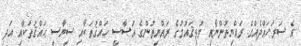
އެ ސަރަހައްދެއްގެ ރައްޔިތުންނާއި މުޅިޤައުމުގެ ރައްޔިތުންގެ އަސާސީ ހައްޤުތަކާއި ސިޔާސީ ޙައްޤުތަކާއި އަދި